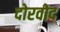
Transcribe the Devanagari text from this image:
दोरवोद